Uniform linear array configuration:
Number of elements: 16
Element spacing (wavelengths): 1
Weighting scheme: cosine
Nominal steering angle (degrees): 15
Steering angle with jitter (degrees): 15.081
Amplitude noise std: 0.05
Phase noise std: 0.05

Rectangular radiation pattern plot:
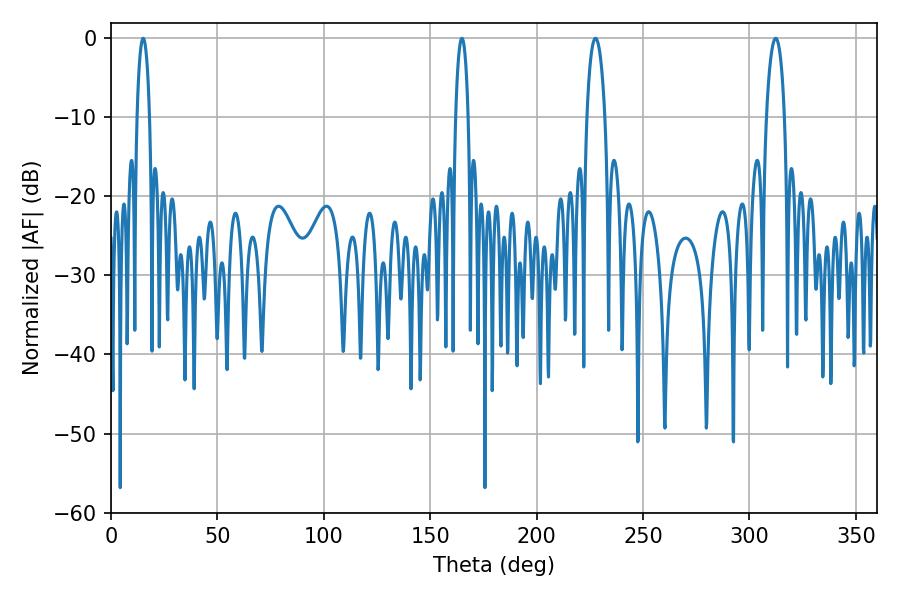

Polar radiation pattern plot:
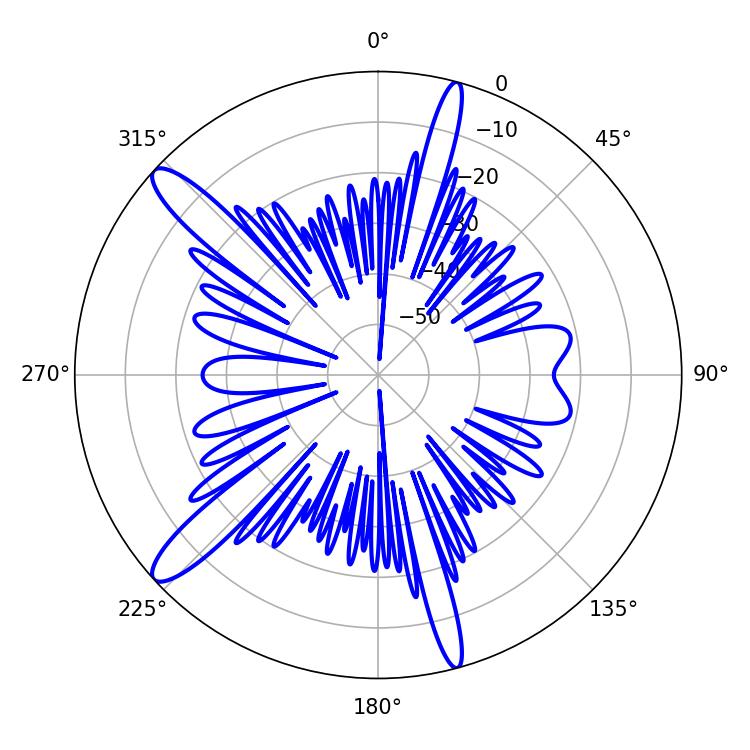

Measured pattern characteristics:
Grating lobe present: TRUE
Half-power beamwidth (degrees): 3.24
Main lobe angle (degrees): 15.12